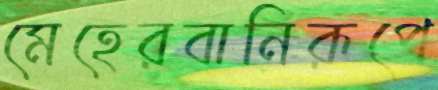
মেহেরবানিরূপে